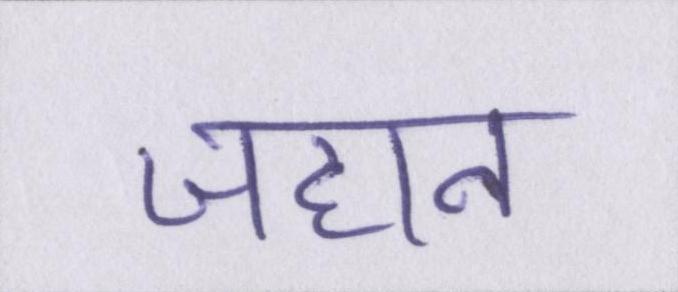
जहान